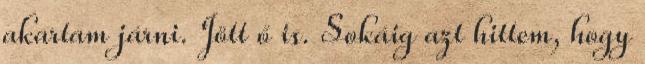
akartam járni. Jött ő is. Sokáig azt hittem, hogy